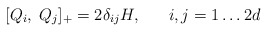
\begin{align*}[Q_{i}, \; Q_{j}]_{+} = 2 \delta_{ij} H, \;\;\;\;\;\; i,j = 1 \ldots 2d\end{align*}